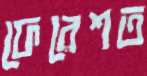
ফেরেশত